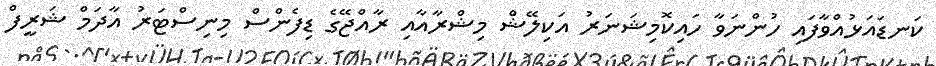
ކަނޑައަޅުއްވާފައި ހުންނަވާ ހައިކޮމިޝަނަރު އަކިލޭޝް މިޝްރާއާއި ރާއްޖޭގެ ޑިފެންސް މިނިސްޓަރު އާދަމް ޝަރީފް